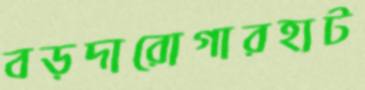
বড়দারোগারহাট